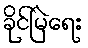
ခိုင်မြဲရေး